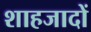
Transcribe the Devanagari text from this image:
शाहजादों